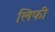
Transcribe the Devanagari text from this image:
लिफी